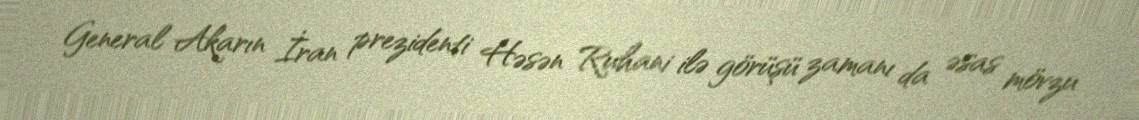
General Akarın İran prezidenti Həsən Ruhani ilə görüşü zamanı da əsas mövzu